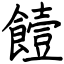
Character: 饐